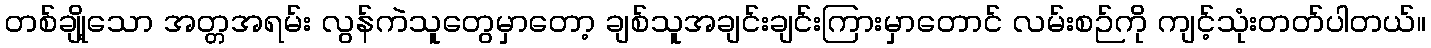
တစ်ချို့သော အတ္တအရမ်း လွန်ကဲသူတွေမှာတော့ ချစ်သူအချင်းချင်းကြားမှာတောင် လမ်းစဉ်ကို ကျင့်သုံးတတ်ပါတယ်။